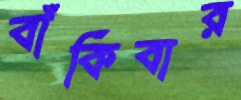
বাঁকিবার